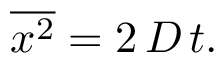
{ \overline { { x ^ { 2 } } } } = 2 \, D \, t .